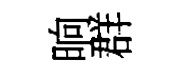
晌群